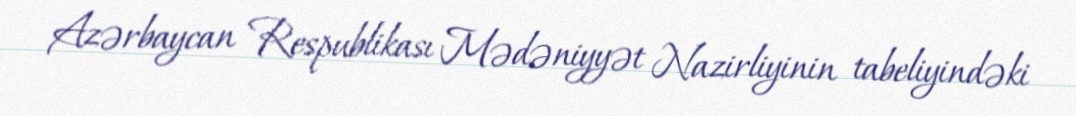
Azərbaycan Respublikası Mədəniyyət Nazirliyinin tabeliyindəki